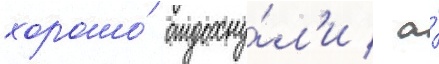
хорошо́ отдохну́л'и / а́